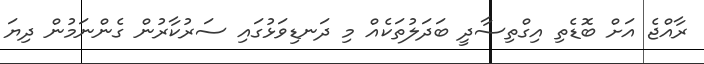
ރާއްޖެ އަށް ބޮޑެތި އިގްތިސާދީ ބަދަލުތަކެއް މި ދަނޑިވަޅުގައި ސަރުކާރުން ގެންނަމުން ދިޔަ